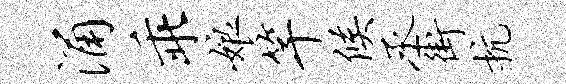
涌乖娘竿候丞街抗